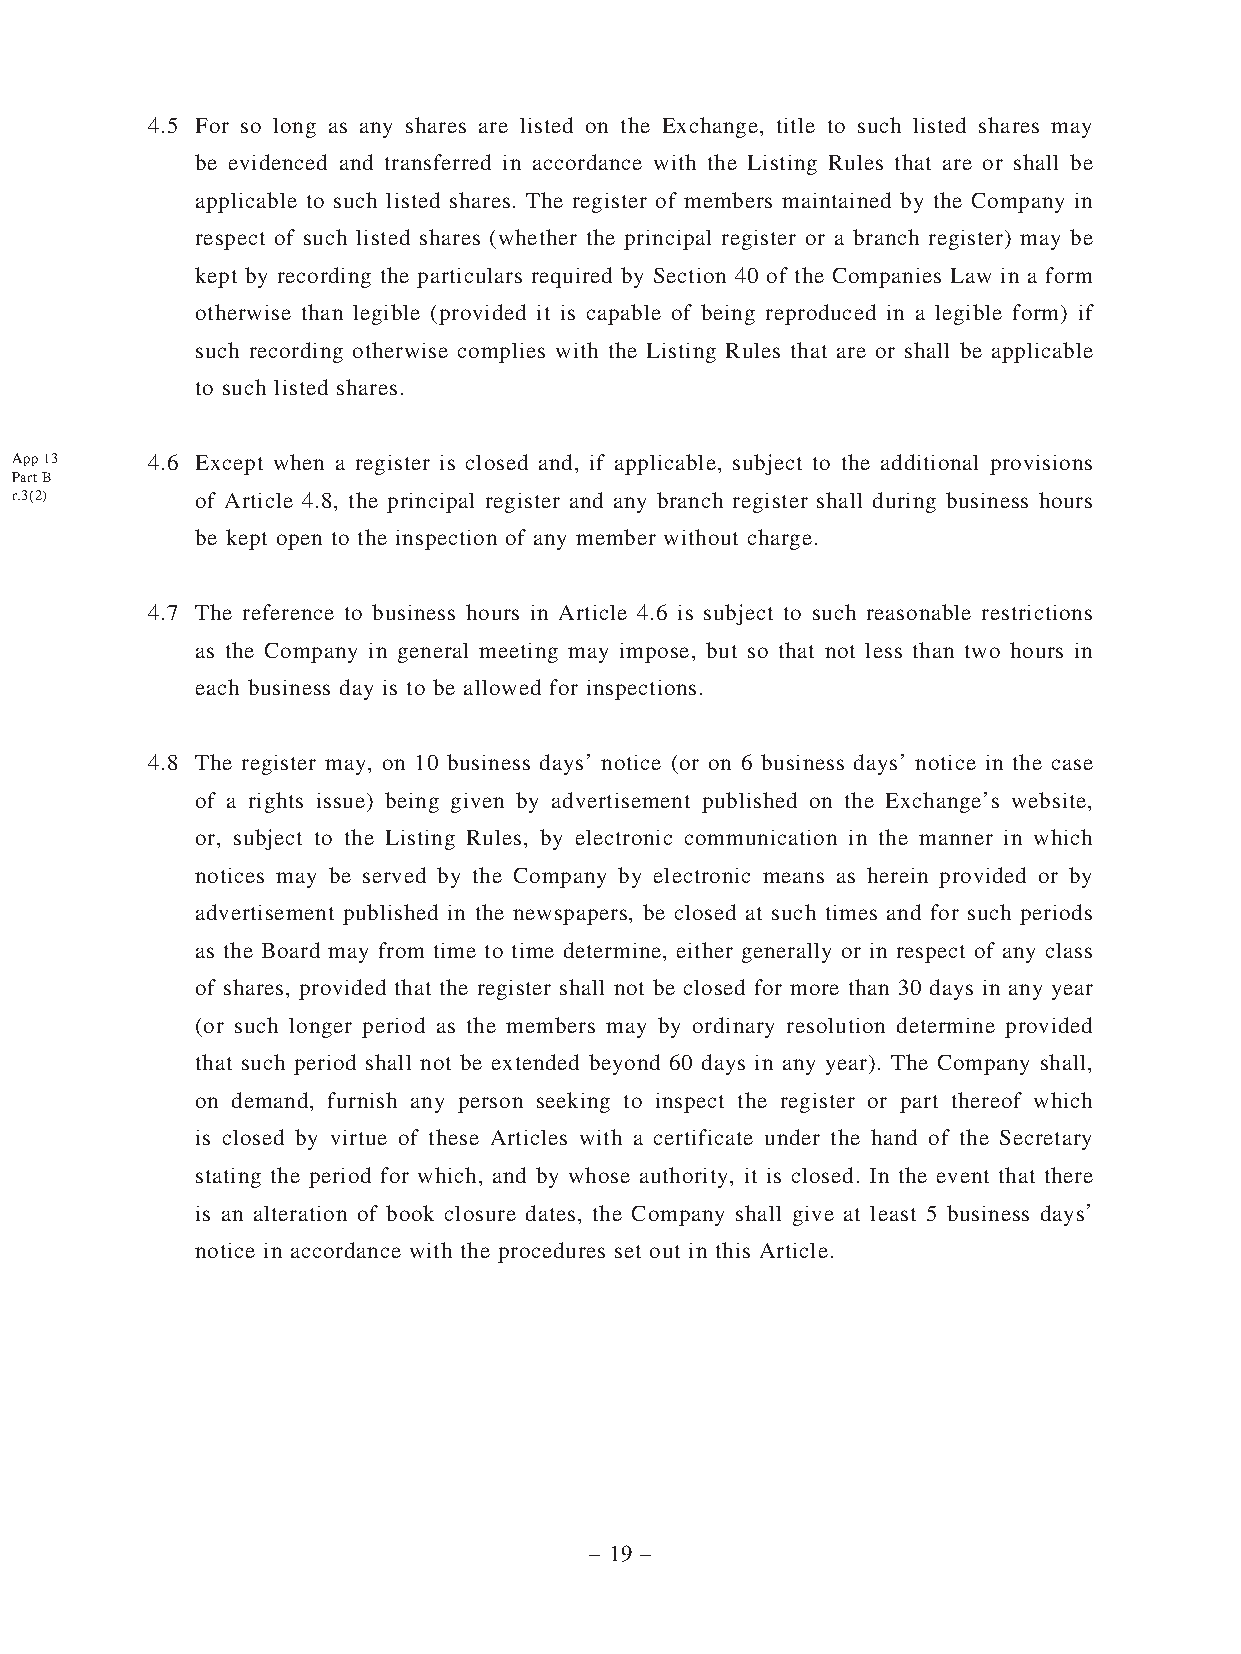
4.5 For so long as any shares are listed on the Exchange, title to such listed shares may
 be evidenced and transferred in accordance with the Listing Rules that are or shall be
 applicable to such listed shares. The register of members maintained by the Company in
 respect of such listed shares (whether the principal register or a branch register) may be
 kept by recording the particulars required by Section 40 of the Companies Law in a form
 otherwise than legible (provided it is capable of being reproduced in a legible form) if
 such recording otherwise complies with the Listing Rules that are or shall be applicable
 to such listed shares.
 App 13   4.6 Except when a register is closed and, if applicable, subject to the additional provisions
 Part B
 r.3(2)      of Article 4.8, the principal register and any branch register shall during business hours
 be kept open to the inspection of any member without charge.
 4.7 The reference to business hours in Article 4.6 is subject to such reasonable restrictions
 as the Company in general meeting may impose, but so that not less than two hours in
 each business day is to be allowed for inspections.
 4.8 The register may, on 10 business days’ notice (or on 6 business days’ notice in the case
 of a rights issue) being given by advertisement published on the Exchange’s website,
 or, subject to the Listing Rules, by electronic communication in the manner in which
 notices may be served by the Company by electronic means as herein provided or by
 advertisement published in the newspapers, be closed at such times and for such periods
 as the Board may from time to time determine, either generally or in respect of any class
 of shares, provided that the register shall not be closed for more than 30 days in any year
 (or such longer period as the members may by ordinary resolution determine provided
 that such period shall not be extended beyond 60 days in any year). The Company shall,
 on demand, furnish any person seeking to inspect the register or part thereof which
 is closed by virtue of these Articles with a certificate under the hand of the Secretary
 stating the period for which, and by whose authority, it is closed. In the event that there
 is an alteration of book closure dates, the Company shall give at least 5 business days’
 notice in accordance with the procedures set out in this Article.
 – 19 –